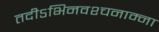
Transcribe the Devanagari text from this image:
तदीऽभिनवश्चनाम्ना